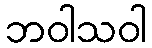
ဘဝါသဝါ